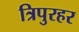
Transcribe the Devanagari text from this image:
त्रिपुरहर